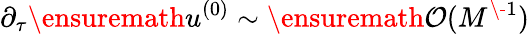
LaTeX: \partial_{\tau}\ensuremath{u^{(0)}}\sim\ensuremath{\mathcal{O}(M^{\- 1})}